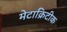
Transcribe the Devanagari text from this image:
मेटाक्रिटीक